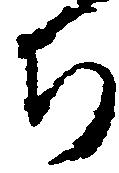
ち